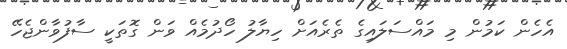
އެހެން ކަމުން މި މައްސަލައިގެ ތެރެއަށް ހިޔާލު ހޯދުމެއް ވަން ގޮތަކީ ސާފުވާންޖެހޭ